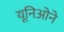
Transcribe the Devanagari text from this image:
यूनिओने